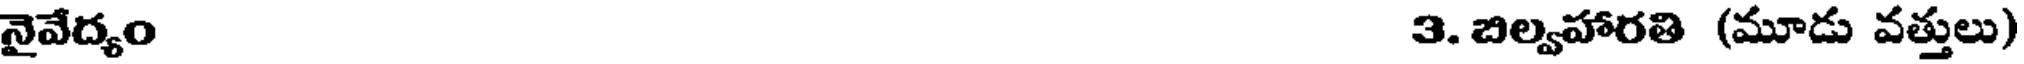
నైవేద్యం 3. బిల్వహారతి (మూడు వత్తులు)